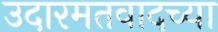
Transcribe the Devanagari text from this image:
उदारमतवादच्या